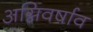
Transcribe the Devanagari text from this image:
अग्निवर्षाव